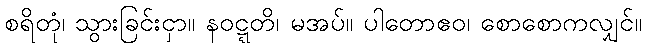
စရိတုံ၊ သွားခြင်းငှာ။ နဝဋ္ဋတိ၊ မအပ်။ ပါတောဧဝ၊ စောစောကလျှင်။